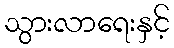
သွားလာရေးနှင့်